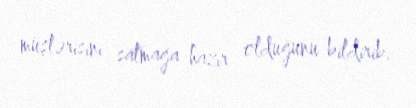
müştərisini satmağa hazır olduğunu bildirib.